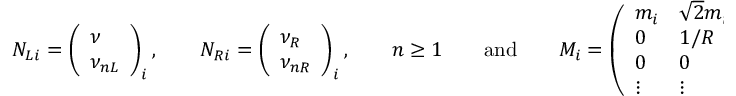
N _ { L i } = \left( \begin{array} { l } { { \nu } } \\ { { \nu _ { n L } } } \end{array} \right) _ { i } , \qquad N _ { R i } = \left( \begin{array} { l } { { \nu _ { R } } } \\ { { \nu _ { n R } } } \end{array} \right) _ { i } , \qquad n \ge 1 \qquad \mathrm { a n d } \qquad M _ { i } = \left( \begin{array} { l l l l } { { m _ { i } } } & { { \sqrt { 2 } m _ { i } } } & { { \sqrt { 2 } m _ { i } } } & { { \cdots } } \\ { { 0 } } & { { 1 / R } } & { { 0 } } & { { \cdots } } \\ { { 0 } } & { { 0 } } & { { 2 / R } } & { { \cdots } } \\ { { \vdots } } & { { \vdots } } & { { \vdots } } & { { \ddots } } \end{array} \right) .